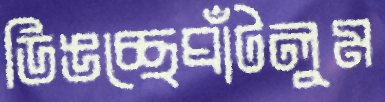
ডিঙচ্ছেঘাঁটলুম